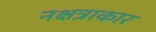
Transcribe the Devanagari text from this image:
नक्षत्राकार